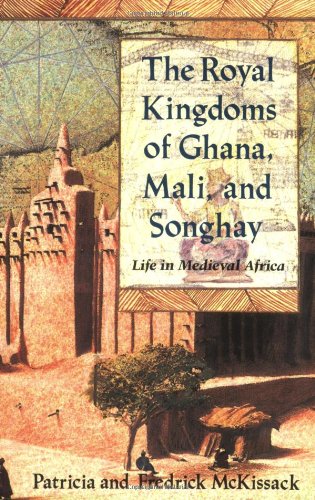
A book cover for The Royal Kingdoms of Ghana, Mali, and Songhay: Life in Medieval Africa; Patricia McKissack; Children's Books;